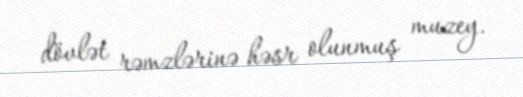
dövlət rəmzlərinə həsr olunmuş muzey.